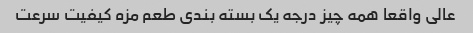
عالی واقعا همه چیز درجه یک بسته بندی طعم مزه کیفیت سرعت